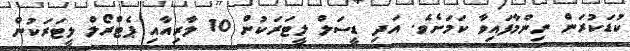
ކުޑަކުރަން ނިންމާފައިވާ ކަމަށެވެ. އަދި ޑީސަލް ލީޓަރަކުން 10 ލާރިއާއި ޕެޓްރޯލް ލީޓަރަކުން